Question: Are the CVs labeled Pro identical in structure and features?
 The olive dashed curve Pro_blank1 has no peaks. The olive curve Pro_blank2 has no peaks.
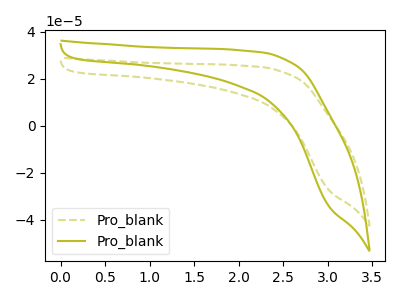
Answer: <think>Neither "Pro_blank1" or "Pro_blank2" have any peaks.
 </think>
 <answer>All the CV's of "Pro" have similar shape.</answer>
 <eval>follow_rule</eval>